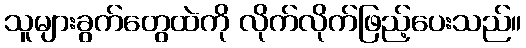
သူများခွက်တွေထဲကို လိုက်လိုက်ဖြည့်ပေးသည်။